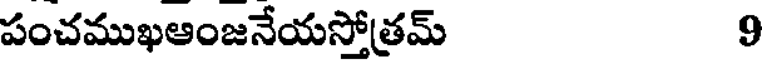
పంచముఖఆంజనేయస్తోత్రమ్ 9